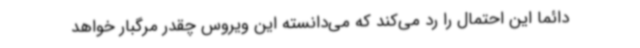
دائما این احتمال را رد می‌کند که می‌دانسته این ویروس چقدر مرگبار خواهد